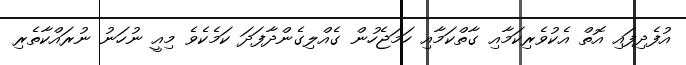
އުފެދިފައި އޮތް އެކުވެރިކަމާއި ގާތްކަމާއި ހަމަޖެހުން ގެއްލިގެންދާފަދަ ކަމެކެވެ މިއީ ނުހަނު ނުރައްކާތެރި